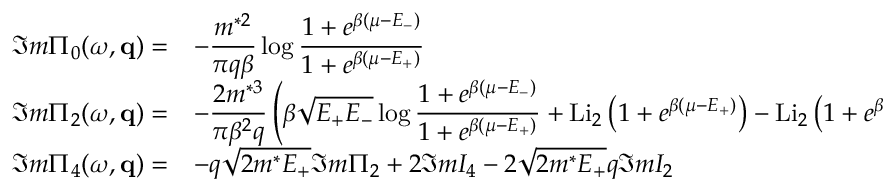
\begin{array} { l l } { { \Im m \Pi _ { 0 } ( \omega , { \bf q } ) = } } & { { { \displaystyle - \frac { m ^ { * 2 } } { \pi q \beta } \log \frac { 1 + e ^ { \beta ( \mu - E _ { - } ) } } { 1 + e ^ { \beta ( \mu - E _ { + } ) } } } } } \\ { { \Im m \Pi _ { 2 } ( \omega , { \bf q } ) = } } & { { { \displaystyle - \frac { 2 m ^ { * 3 } } { \pi \beta ^ { 2 } q } \left( \beta \sqrt { E _ { + } E _ { - } } \log \frac { 1 + e ^ { \beta ( \mu - E _ { - } ) } } { 1 + e ^ { \beta ( \mu - E _ { + } ) } } + \mathrm { L i } _ { 2 } \left( 1 + e ^ { \beta ( \mu - E _ { + } ) } \right) - \mathrm { L i } _ { 2 } \left( 1 + e ^ { \beta ( \mu - E _ { - } ) } \right) \right) } } } \\ { { \Im m \Pi _ { 4 } ( \omega , { \bf q } ) = } } & { { { \displaystyle - q \sqrt { 2 m ^ { * } E _ { + } } \Im m \Pi _ { 2 } + 2 \Im m I _ { 4 } - 2 \sqrt { 2 m ^ { * } E _ { + } } q \Im m I _ { 2 } } } } \end{array}